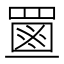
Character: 𦋶